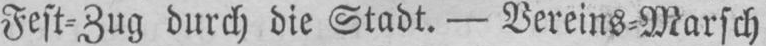
Fest⸗Zug durch die Stadt. - Vereins⸗Marsch